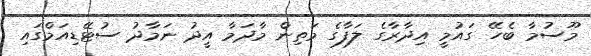
މޫސުމާ ބެހޭ ގައުމީ އިދާރާގެ ލަފާގެ މަތިން މާދަމާ އީދު ނަމާދު ސުޓޭޑިއަމްގައި